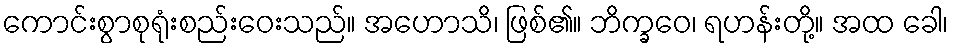
ကောင်းစွာစုရုံးစည်းဝေးသည်။ အဟောသိ၊ ဖြစ်၏။ ဘိက္ခဝေ၊ ရဟန်းတို့။ အထ ခေါ၊